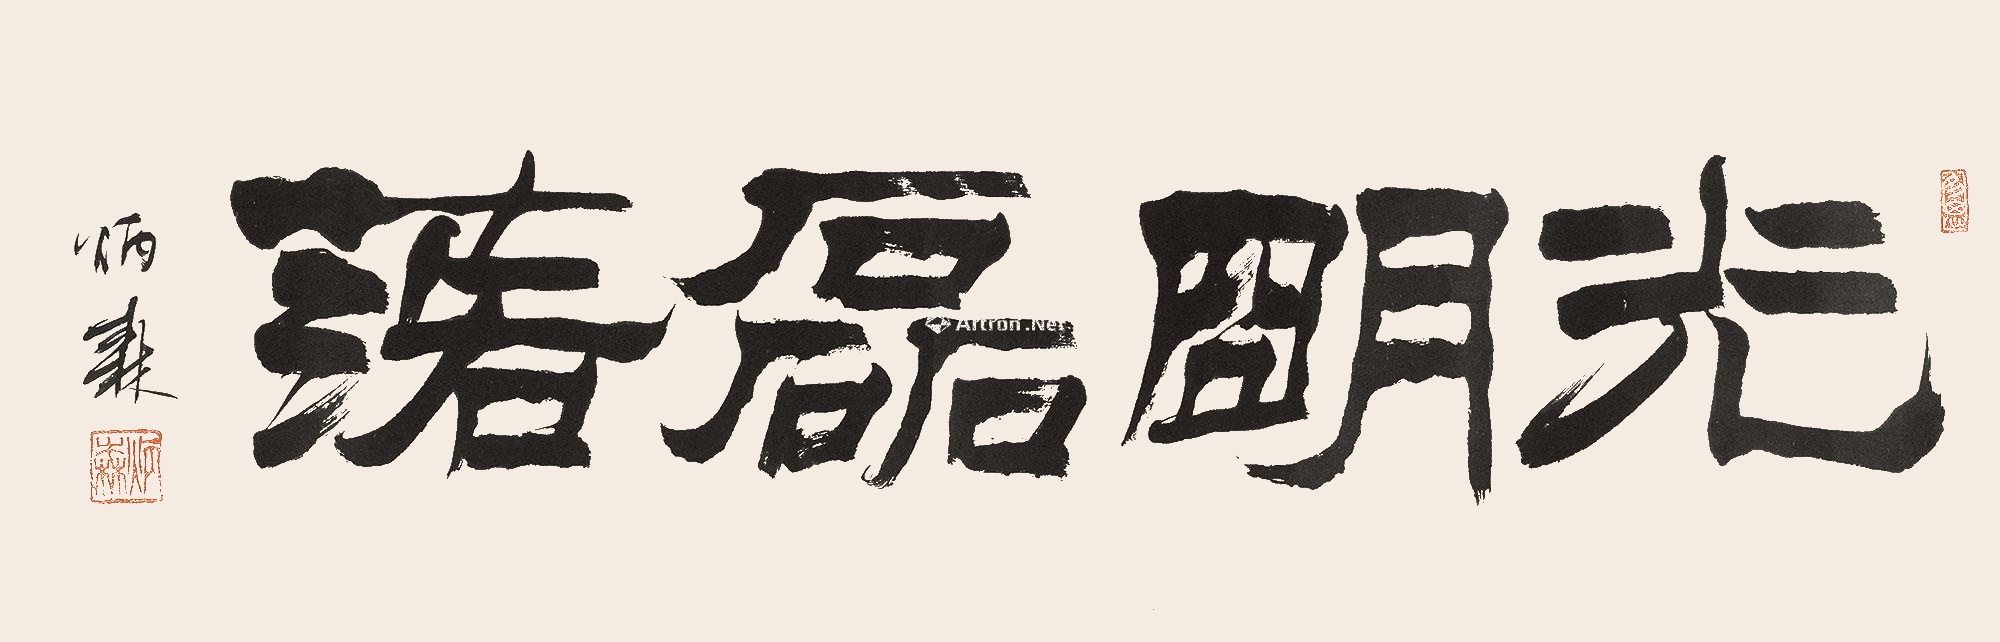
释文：光明磊落炳森。